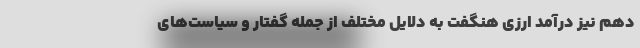
دهم نیز درآمد ارزی هنگفت به دلایل مختلف از جمله گفتار و سیاست‌های